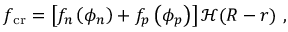
\begin{array} { r } { f _ { \mathrm { c r } } = \left[ f _ { n } \left( \phi _ { n } \right) + f _ { p } \left( \phi _ { p } \right) \right] { \mathcal H } ( R - r ) \ , } \end{array}